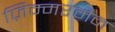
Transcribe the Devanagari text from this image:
ज़िम्मरमैन